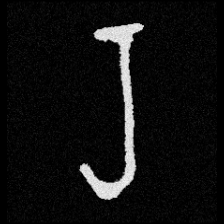
Pyu character \u2014 Myanmar letter: ရ (romanized: ra)